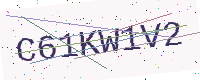
Text: C61KW1V2